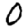
Digit: 0